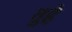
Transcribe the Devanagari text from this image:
तुहे